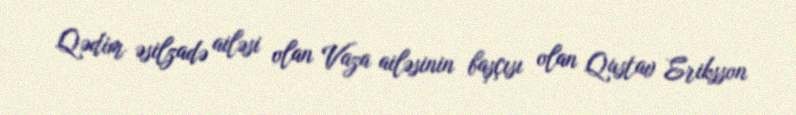
Qədim əsilzadə ailəsi olan Vaza ailəsinin başçısı olan Qustav Eriksson